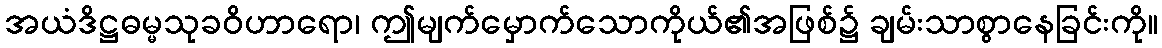
အယံဒိဋ္ဌဓမ္မသုခဝိဟာရော၊ ဤမျက်မှောက်သောကိုယ်၏အဖြစ်၌ ချမ်းသာစွာနေခြင်းကို။